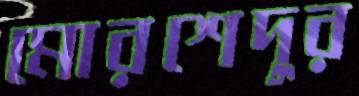
মোরশেদুর